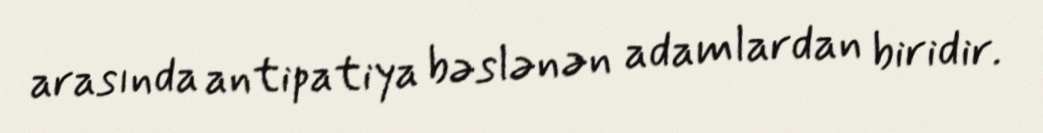
arasında antipatiya bəslənən adamlardan biridir.